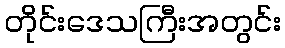
တိုင်းဒေသကြီးအတွင်း